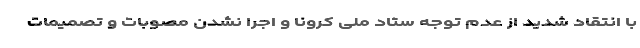
با انتقاد شدید از عدم توجه ستاد ملی کرونا و اجرا نشدن مصوبات و تصمیمات